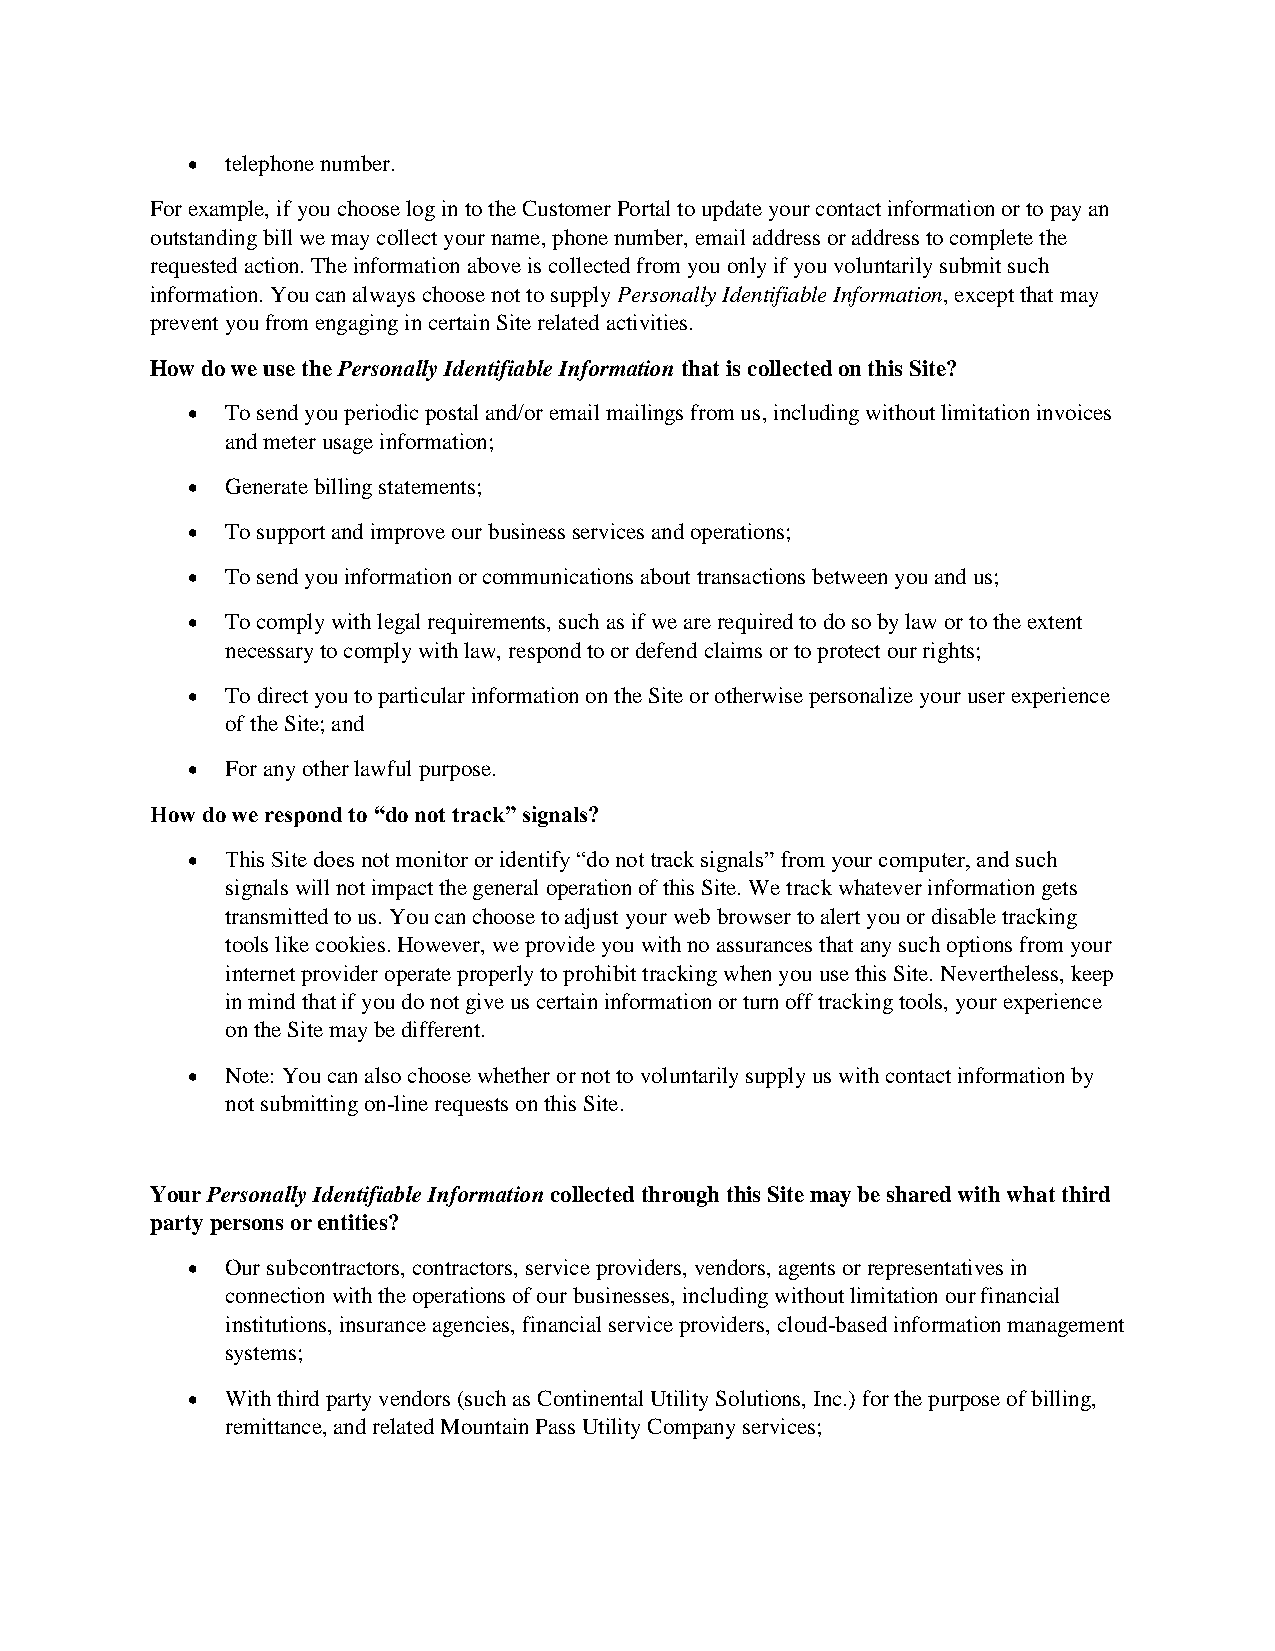
  telephone number.
 For example, if you choose log in to the Customer Portal to update your contact information or to pay an
 outstanding bill we may collect your name, phone number, email address or address to complete the
 requested action. The information above is collected from you only if you voluntarily submit such
 information. You can always choose not to supply Personally Identifiable Information, except that may
 prevent you from engaging in certain Site related activities.
 How do we use the Personally Identifiable Information that is collected on this Site?
   To send you periodic postal and/or email mailings from us, including without limitation invoices
 and meter usage information;
   Generate billing statements;
   To support and improve our business services and operations;
   To send you information or communications about transactions between you and us;
   To comply with legal requirements, such as if we are required to do so by law or to the extent
 necessary to comply with law, respond to or defend claims or to protect our rights;
   To direct you to particular information on the Site or otherwise personalize your user experience
 of the Site; and
   For any other lawful purpose.
 How do we respond to “do not track” signals?
   This Site does not monitor or identify “do not track signals” from your computer, and such
 signals will not impact the general operation of this Site. We track whatever information gets
 transmitted to us. You can choose to adjust your web browser to alert you or disable tracking
 tools like cookies. However, we provide you with no assurances that any such options from your
 internet provider operate properly to prohibit tracking when you use this Site. Nevertheless, keep
 in mind that if you do not give us certain information or turn off tracking tools, your experience
 on the Site may be different.
   Note: You can also choose whether or not to voluntarily supply us with contact information by
 not submitting on-line requests on this Site.
 Your Personally Identifiable Information collected through this Site may be shared with what third
 party persons or entities?
   Our subcontractors, contractors, service providers, vendors, agents or representatives in
 connection with the operations of our businesses, including without limitation our financial
 institutions, insurance agencies, financial service providers, cloud-based information management
 systems;
   With third party vendors (such as Continental Utility Solutions, Inc.) for the purpose of billing,
 remittance, and related Mountain Pass Utility Company services;